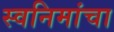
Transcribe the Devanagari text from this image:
स्वनिमांचा